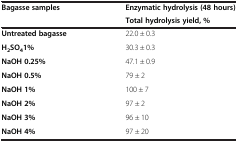
| <ROWSPAN=2> Bagasse samples | Enzymatic hydrolysis (48 hours) |
 | Total hydrolysis yield, % |
 | --- | --- |
 | Untreated bagasse | 22.0 ± 0.3 |
 | H2SO41% | 30.3 ± 0.3 |
 | NaOH 0.25% | 47.1 ± 0.9 |
 | NaOH 0.5% | 79 ± 2 |
 | NaOH 1% | 100 ± 7 |
 | NaOH 2% | 97 ± 2 |
 | NaOH 3% | 96 ± 10 |
 | NaOH 4% | 97 ± 20 |